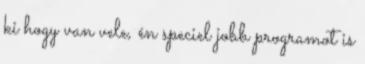
ki hogy van vele, én speciel jobb programot is